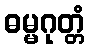
ဓမ္မဂုတ္တံ